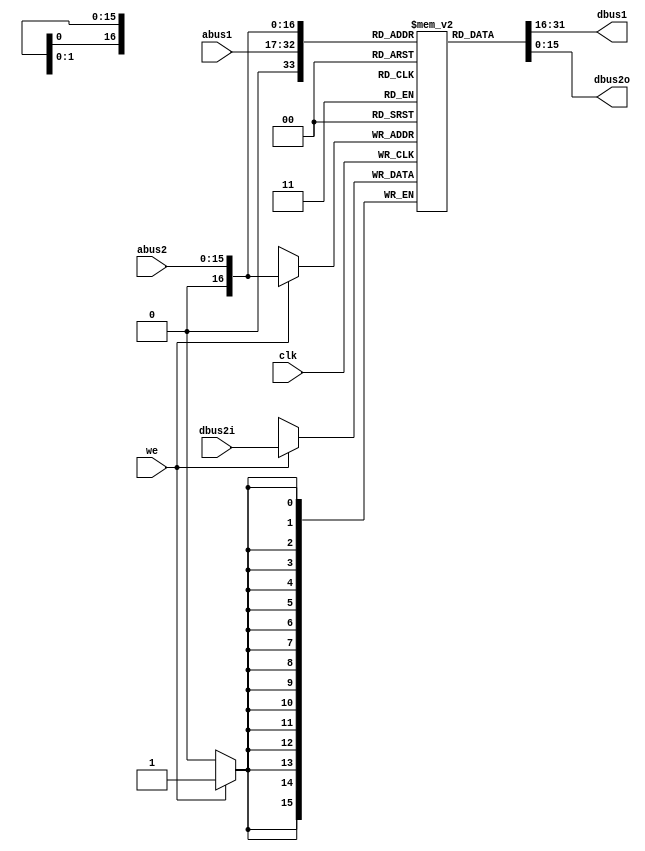
`define ZERO 16'h0
`define HighImpedance 16'bZ

// writable only on port 2i
module three_port_aram (clk, abus1, dbus1, abus2, dbus2i, dbus2o, we);
	input		clk;

	input	[15:0]	abus1;
	output	[15:0]	dbus1;

	input	[15:0]	abus2;
	output	[15:0]	dbus2o;
	input	[15:0]	dbus2i;

	input		we;

	reg	[15:0]	m[0:65536];

	assign dbus1 = m[abus1];

	assign dbus2o = m[abus2];

	always @(posedge clk) begin
		if (we) m[abus2] <= dbus2i;
	end

endmodule


// writable only on port 3, r0=0
module three_port_aregfile (on, clk, abus1, dbus1, abus2, dbus2, abus3, dbus3, we);
	input		on;
	input		clk;

	input	[2:0]	abus1;
	output	[15:0]	dbus1;

	input	[2:0]	abus2;
	output	[15:0]	dbus2;

	input	[2:0]	abus3;
	input	[15:0]	dbus3;

	input		we;

	wire		iclk = on | clk;

	reg	[15:0]	m[1:7];

	assign	dbus1 =	(abus1 == 3'd0) ? `ZERO : m[abus1];

	assign	dbus2 =	(abus2 == 3'd0) ? `ZERO : m[abus2];

	always @(posedge iclk) begin
		if (on) begin
			m[1] <= `ZERO;
			m[2] <= `ZERO;
			m[3] <= `ZERO;
			m[4] <= `ZERO;
			m[5] <= `ZERO;
			m[6] <= `ZERO;
			m[7] <= `ZERO;
		end
		else  m[abus3] <= (we & (abus3 != 3'd0)) ? dbus3 : m[abus3];
	end

endmodule



//
// default: 16 bits ... override parm when instantiated to get different widths
//
module registerX (reset, clk, in, out, we);

    parameter width = 16;

	input		reset;
	input		clk;
	output	[width-1:0]	out;
	input	[width-1:0]	in;
	input		we;

	reg	[width-1:0]	m;

	assign out = m;

	always @(posedge clk) begin
		m <=	(reset) ? 0 :
			(we) ? in :
			m;
	end

endmodule

//
// writable only on ports 3 & 4, r0=0, cr0=0, exports cr4 on dedicated bus
// PSR is exposed all the time (dedicated in and out ports)
// control regs have THREE write ports (way too huge)
// the regular regs have 1 write port
//
module control_and_general_regfile (reset, clk, abus1, dbus1, abus2, dbus2, abus3, dbus3, abus4, dbus4, psr_in, psr_out, psr_we);
	input		reset, clk, psr_we;
	input	[3:0]	abus1, abus2, abus3, abus4;
	input	[15:0]	psr_in;
	output	[15:0]	dbus1, dbus2, dbus3, dbus4, psr_out;

	wire		iclk = reset | clk;


	reg	[15:0]	m[1:7];
	reg	[15:0]	cr[1:7];
	reg	[15:0]	psr_kfifo;

	wire	[2:0]	regnum1 = abus1[2:0];
	wire	[2:0]	regnum2 = abus2[2:0];
	wire	[2:0]	regnum3 = abus3[2:0];
	wire	[2:0]	regnum4 = abus4[2:0];
	wire		regbank1 = abus1[3];
	wire		regbank2 = abus2[3];
	wire		regbank3 = abus3[3];
	wire		regbank4 = abus4[3];
	wire	[15:0]	cr4 = cr[4];

	assign	dbus1 =	(regnum1 == 3'd0) ? `ZERO :
			(regbank1) ? cr[regnum1] : m[regnum1];

	assign	dbus2 =	(regnum2 == 3'd0) ? `ZERO :
			(regbank2) ? cr[regnum2] : m[regnum2];

	assign	psr_out = { psr_kfifo[15:7], 1'b0, cr4[5:0]};

	always @(posedge iclk) begin
		if (reset) begin
			m[1] <= `ZERO;
			m[2] <= `ZERO;
			m[3] <= `ZERO;
			m[4] <= `ZERO;
			m[5] <= `ZERO;
			m[6] <= `ZERO;
			m[7] <= `ZERO;
			cr[1] <= `ZERO;
			cr[2] <= `ZERO;
			cr[3] <= `ZERO;
			cr[4] <= `ZERO;
			cr[5] <= `ZERO;
			cr[6] <= `ZERO;
			cr[7] <= `ZERO;
			psr_kfifo <= `ZERO;
		end
		else  begin
			if (regnum3 != 3'd0) begin
			    m[regnum3] <= (~regbank3) ? dbus3 : m[regnum3];
			    cr[regnum3] <= (regbank3) ? dbus3 : cr[regnum3];
			end
			if ((regnum4 != 3'd0) && (abus3 != abus4)) begin
			    cr[regnum4] <= (regbank4) ? dbus4 : cr[regnum4];
			end
			if (psr_we) begin
			    psr_kfifo <= psr_in;
			end
		end
	end

endmodule